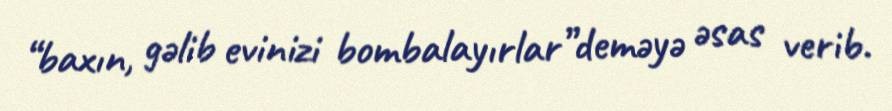
“baxın, gəlib evinizi bombalayırlar”deməyə əsas verib.